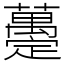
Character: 𧄌